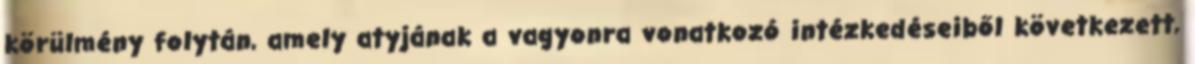
körülmény folytán, amely atyjának a vagyonra vonatkozó intézkedéseiből következett,